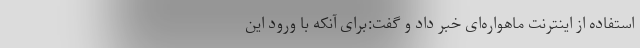
استفاده از اینترنت ماهواره‌ای خبر داد و گفت:برای آنکه با ورود این